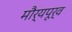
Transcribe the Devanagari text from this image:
मौर्यपूर्व